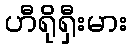
ဟီရိုရှီးမား